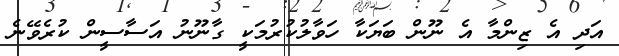
އަދި އެ ޒިންމާ އެ ނޫން ބަޔަކާ ހަވާލުކުރުމަކީ ގާނޫނު އަސާސީން ކުރެވޭނެ